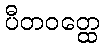
ပီတဝတ္ထေ